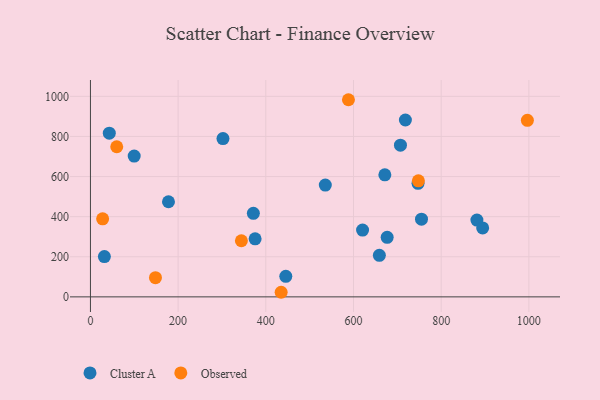
{"axis": {"x": "Engine Size", "y": "Profit"}, "legend": ["Cluster A", "Observed"], "data": [{"x": "718.4", "y": 882.0, "type": "Cluster A"}, {"x": "31.8", "y": 201.1, "type": "Cluster A"}, {"x": "445.6", "y": 102.4, "type": "Cluster A"}, {"x": "747.2", "y": 566.3, "type": "Cluster A"}, {"x": "707.1", "y": 756.5, "type": "Cluster A"}, {"x": "671.5", "y": 608.5, "type": "Cluster A"}, {"x": "659.0", "y": 207.1, "type": "Cluster A"}, {"x": "302.3", "y": 789.2, "type": "Cluster A"}, {"x": "371.6", "y": 416.5, "type": "Cluster A"}, {"x": "375.6", "y": 289.5, "type": "Cluster A"}, {"x": "881.5", "y": 382.9, "type": "Cluster A"}, {"x": "894.6", "y": 343.7, "type": "Cluster A"}, {"x": "620.7", "y": 333.1, "type": "Cluster A"}, {"x": "535.7", "y": 557.5, "type": "Cluster A"}, {"x": "755.1", "y": 387.6, "type": "Cluster A"}, {"x": "676.8", "y": 296.7, "type": "Cluster A"}, {"x": "178.0", "y": 474.4, "type": "Cluster A"}, {"x": "43.0", "y": 816.5, "type": "Cluster A"}, {"x": "99.8", "y": 701.9, "type": "Cluster A"}, {"x": "996.6", "y": 880.3, "type": "Observed"}, {"x": "435.0", "y": 22.9, "type": "Observed"}, {"x": "148.3", "y": 95.5, "type": "Observed"}, {"x": "344.3", "y": 279.9, "type": "Observed"}, {"x": "27.8", "y": 389.2, "type": "Observed"}, {"x": "60.0", "y": 748.7, "type": "Observed"}, {"x": "588.5", "y": 983.1, "type": "Observed"}, {"x": "748.0", "y": 578.5, "type": "Observed"}]}